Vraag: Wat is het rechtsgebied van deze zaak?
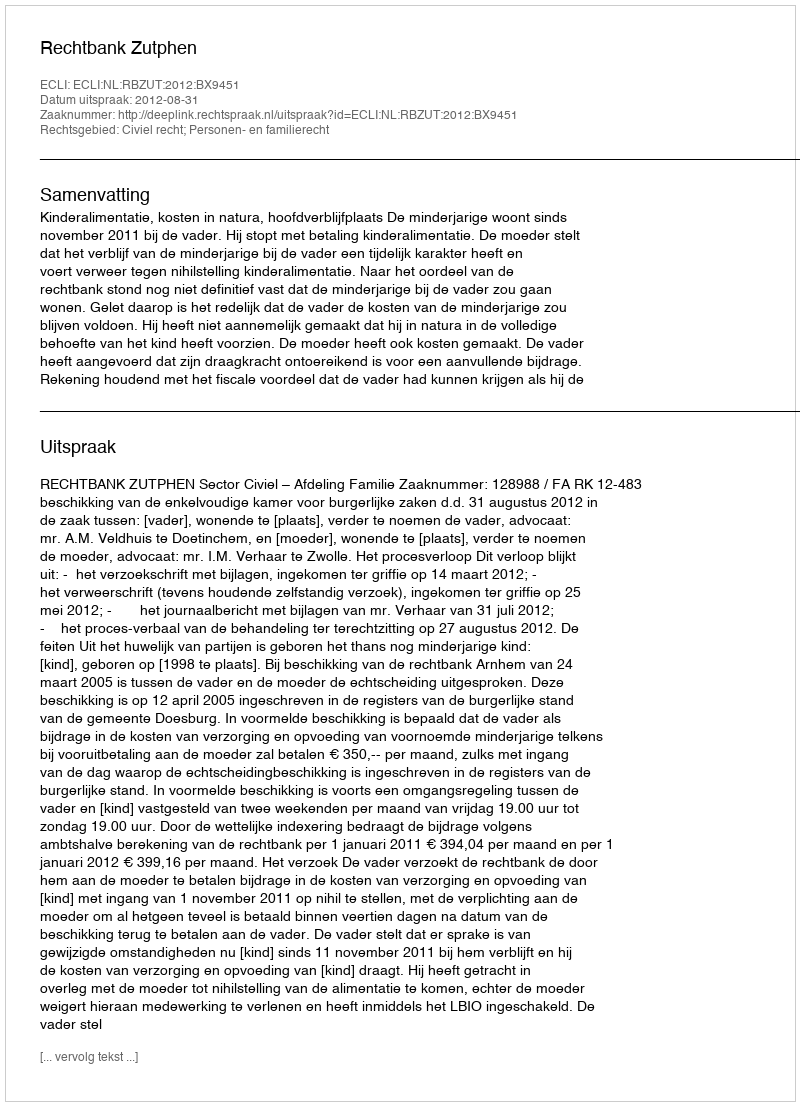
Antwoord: Civiel recht; Personen- en familierecht